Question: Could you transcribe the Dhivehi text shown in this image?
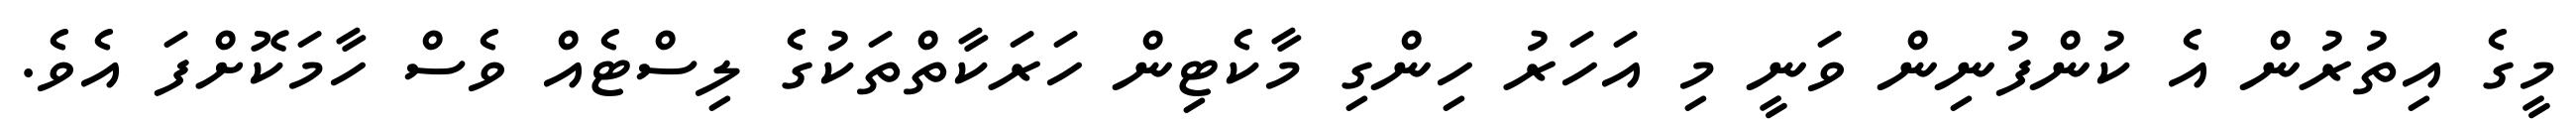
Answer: މީގެ އިތުރުން އެ ކުންފުނިން ވަނީ މި އަހަރު ހިންގި މާކެޓިން ހަރަކާތްތަކުގެ ލިސްޓެއް ވެސް ހާމަކޮށްފަ އެވެ.